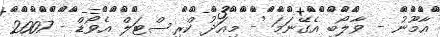
އާމޫނު - ވާލޯބި އެގޭނަމަ - މިއަދު ކްރިސްޓަލް އެވޯޑް - 2007